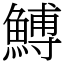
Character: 𩹲